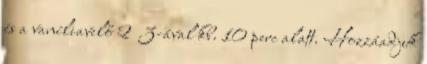
és a vaníliavelő 2 3-ával kb. 10 perc alatt. Hozzáadjuk